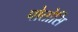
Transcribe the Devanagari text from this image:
पोतोसि